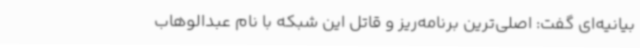
بیانیه‌ای گفت: اصلی‌ترین برنامه‌ریز و قاتل این شبکه با نام عبدالوهاب